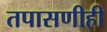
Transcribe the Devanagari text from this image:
तपासणीही